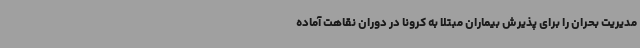
مدیریت بحران را برای پذیرش بیماران مبتلا به کرونا در دوران نقاهت آماده